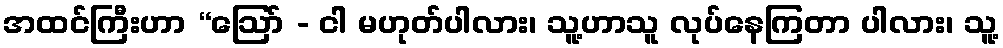
အထင်ကြီးဟာ “ဩော် - ငါ မဟုတ်ပါလား၊ သူ့ဟာသူ လုပ်နေကြတာ ပါလား၊ သူ့